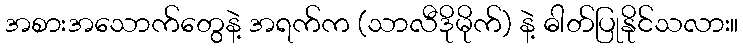
အစားအသောက်တွေနဲ့ အရက်က (သာလီဒိုမိုက်) နဲ့ ဓါတ်ပြုနိုင်သလား။